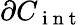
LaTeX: \partial{C}_{\mathrm{~i~n~t~}}